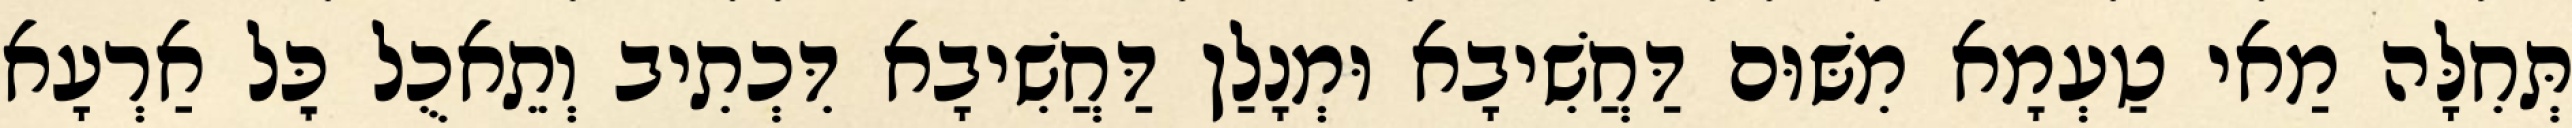
תְּחִלָּה מַאי טַעְמָא מִשּׁוּם דַּחֲשִׁיבָא וּמְנָלַן דַּחֲשִׁיבָא דִּכְתִיב וְתֵאכֻל כׇּל אַרְעָא